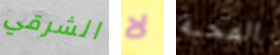
الشرقي لا المحبة